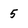
Character: 5